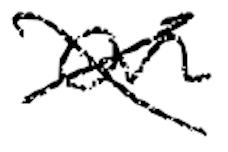
Text: on
Cross-out: cross
Writing tool: digital_black